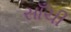
સાઁચી